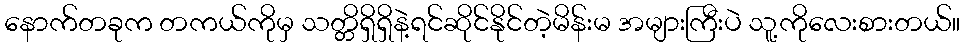
နောက်တခုက တကယ်ကိုမှ သတ္တိရှိရှိနဲ့ရင်ဆိုင်နိုင်တဲ့မိန်းမ အများကြီးပဲ သူ့ကိုလေးစားတယ်။